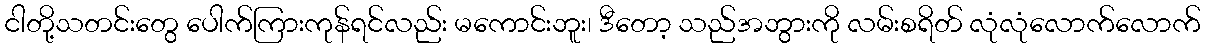
ငါတို့သတင်းတွေ ပေါက်ကြားကုန်ရင်လည်း မကောင်းဘူး၊ ဒီတော့ သည်အဘွားကို လမ်းစရိတ် လုံလုံလောက်လောက်